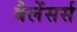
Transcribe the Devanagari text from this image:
बैलेंसर्स